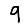
Digit: 9